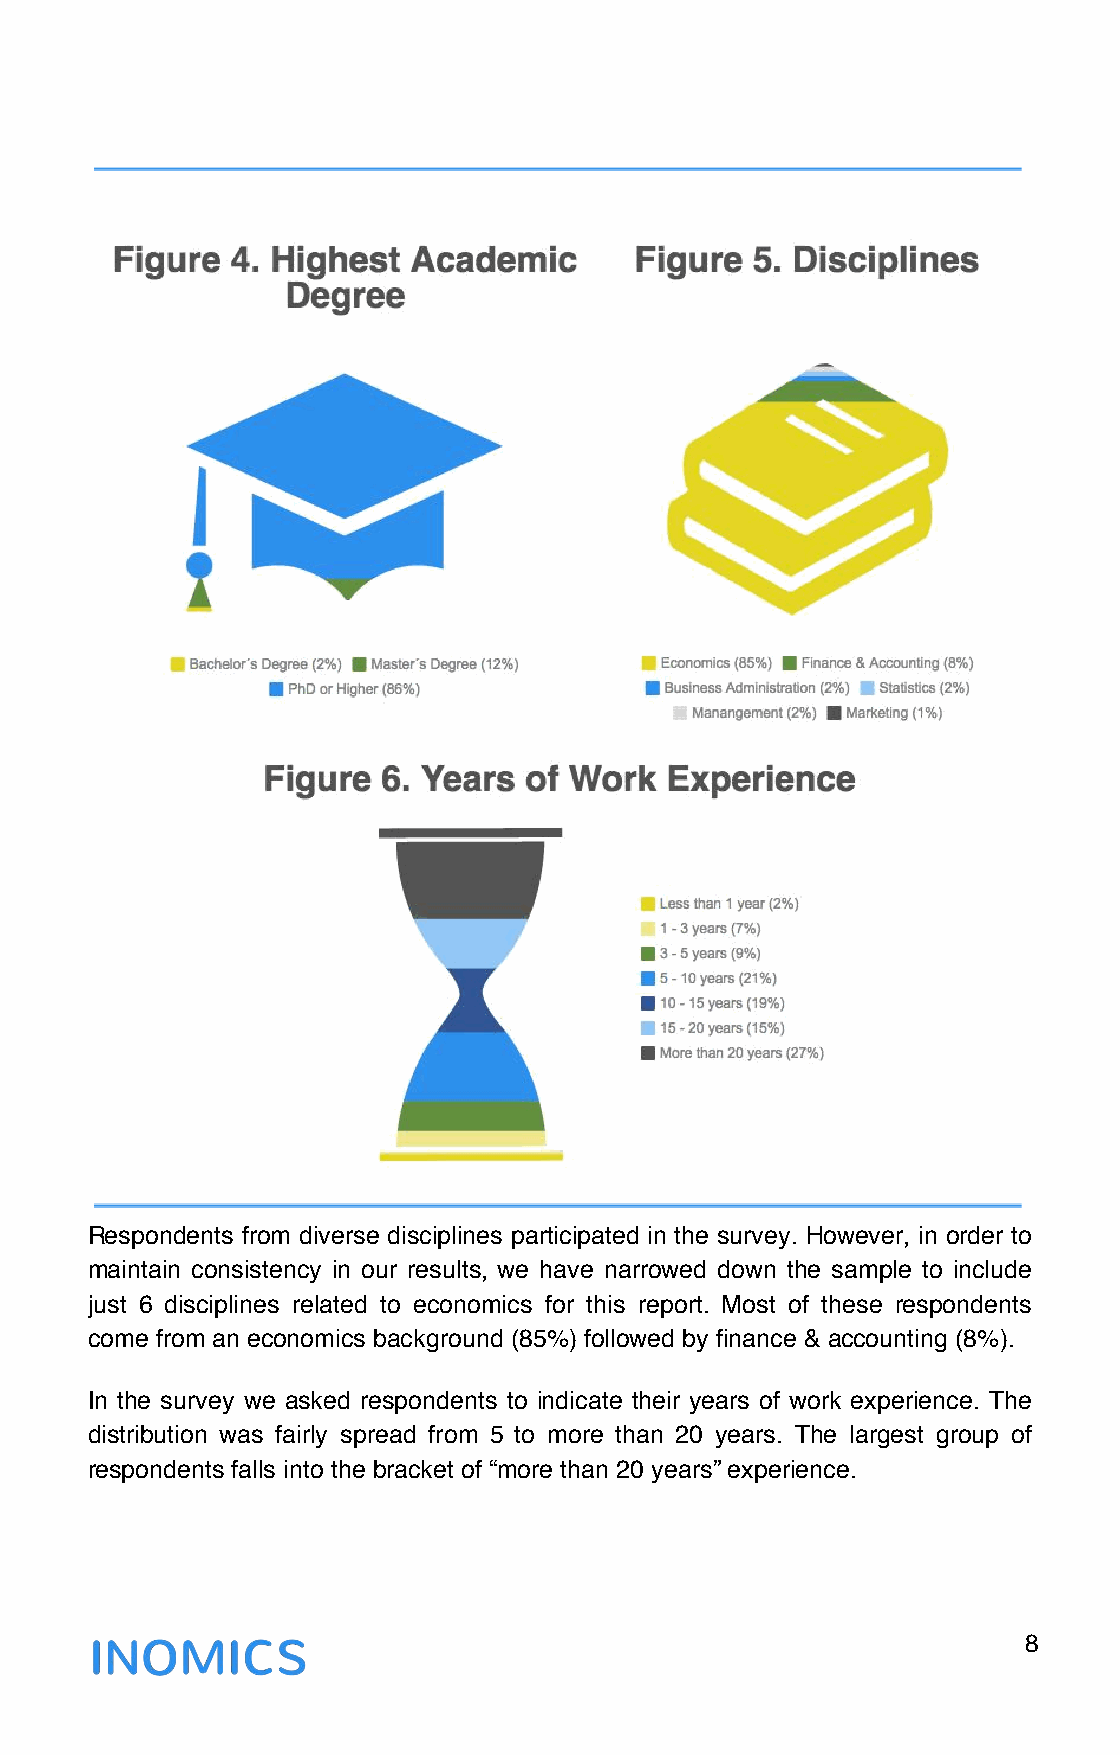
Respondents from diverse disciplines participated in the survey. However, in order to
 maintain consistency in our results, we have narrowed down the sample to include
 just 6 disciplines related to economics for this report. Most of these respondents
 come from an economics background (85%) followed by finance & accounting (8%).
 In the survey we asked respondents to indicate their years of work experience. The
 distribution was fairly spread from 5 to more than 20 years. The largest group of
 respondents falls into the bracket of “more than 20 years” experience.
 8
 !